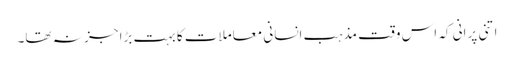
اتنی پرانی کہ اس وقت مذہب انسانی معاملات کا بہت بڑا جز نہ تھا۔